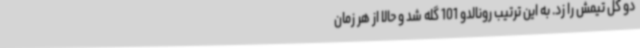
دو گل تیمش را زد. به این ترتیب رونالدو 101 گله شد و حالا از هر زمان